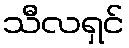
သီလရှင်